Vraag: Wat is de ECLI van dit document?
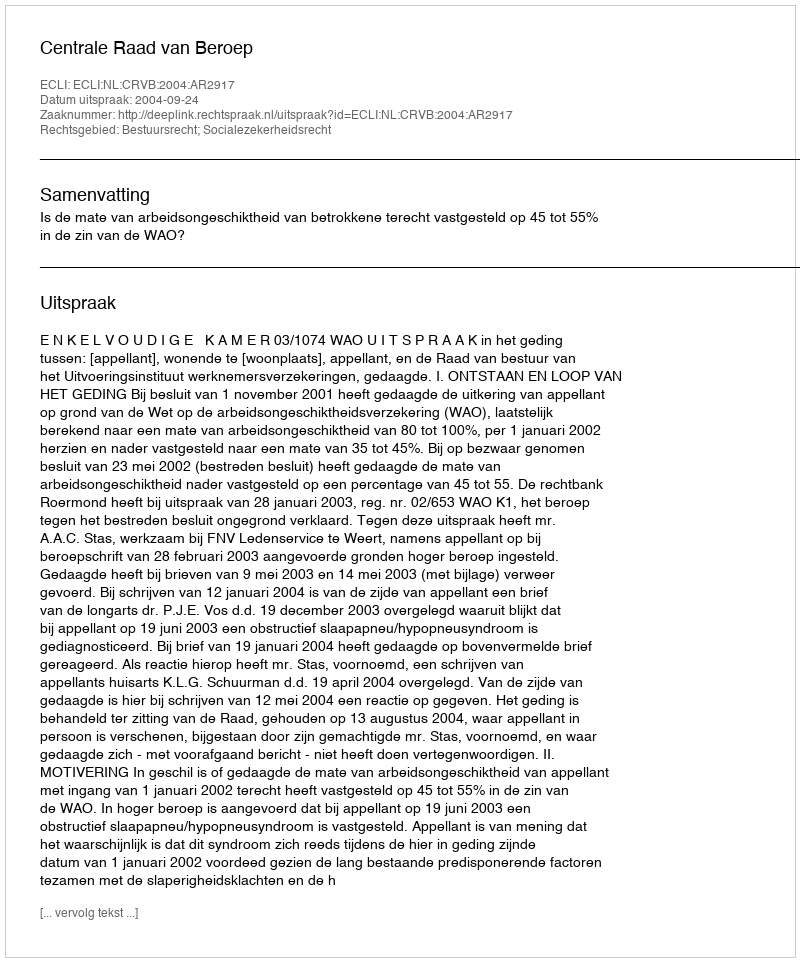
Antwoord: ECLI:NL:CRVB:2004:AR2917